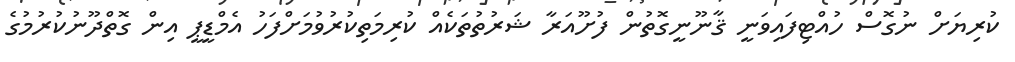
ކުރިޔަށް ނުގޮސް ހުއްޓިފައިވަނީ ޤާނޫނީގޮތުން ފުށޫއަރާ ޝަރުތުތަކެއް ކުރިމަތިކުރުވުމަށްފަހު އެމްޑީޕީ އިން ގޮތްދޫނުކުރުމުގެ